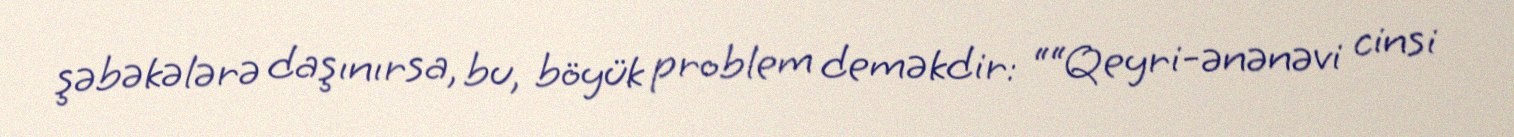
şəbəkələrə daşınırsa, bu, böyük problem deməkdir: ““Qeyri-ənənəvi cinsi